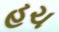
હચ